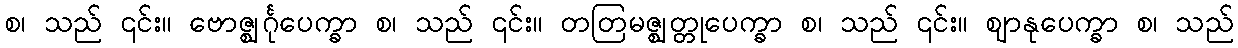
စ၊ သည် ၎င်း။ ဗောဇ္ဈင်္ဂုပေက္ခာ စ၊ သည် ၎င်း။ တတြမဇ္ဈတ္တုပေက္ခာ စ၊ သည် ၎င်း။ ဈာနုပေက္ခာ စ၊ သည်